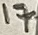
Text: 17